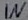
Text: IN